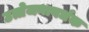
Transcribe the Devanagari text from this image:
उत्तेजनावर्धक